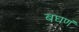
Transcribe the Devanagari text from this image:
बघणं